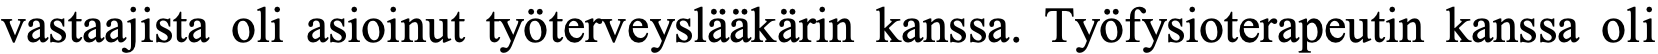
vastaajista oli asioinut työterveyslääkärin kanssa. Työfysioterapeutin kanssa oli